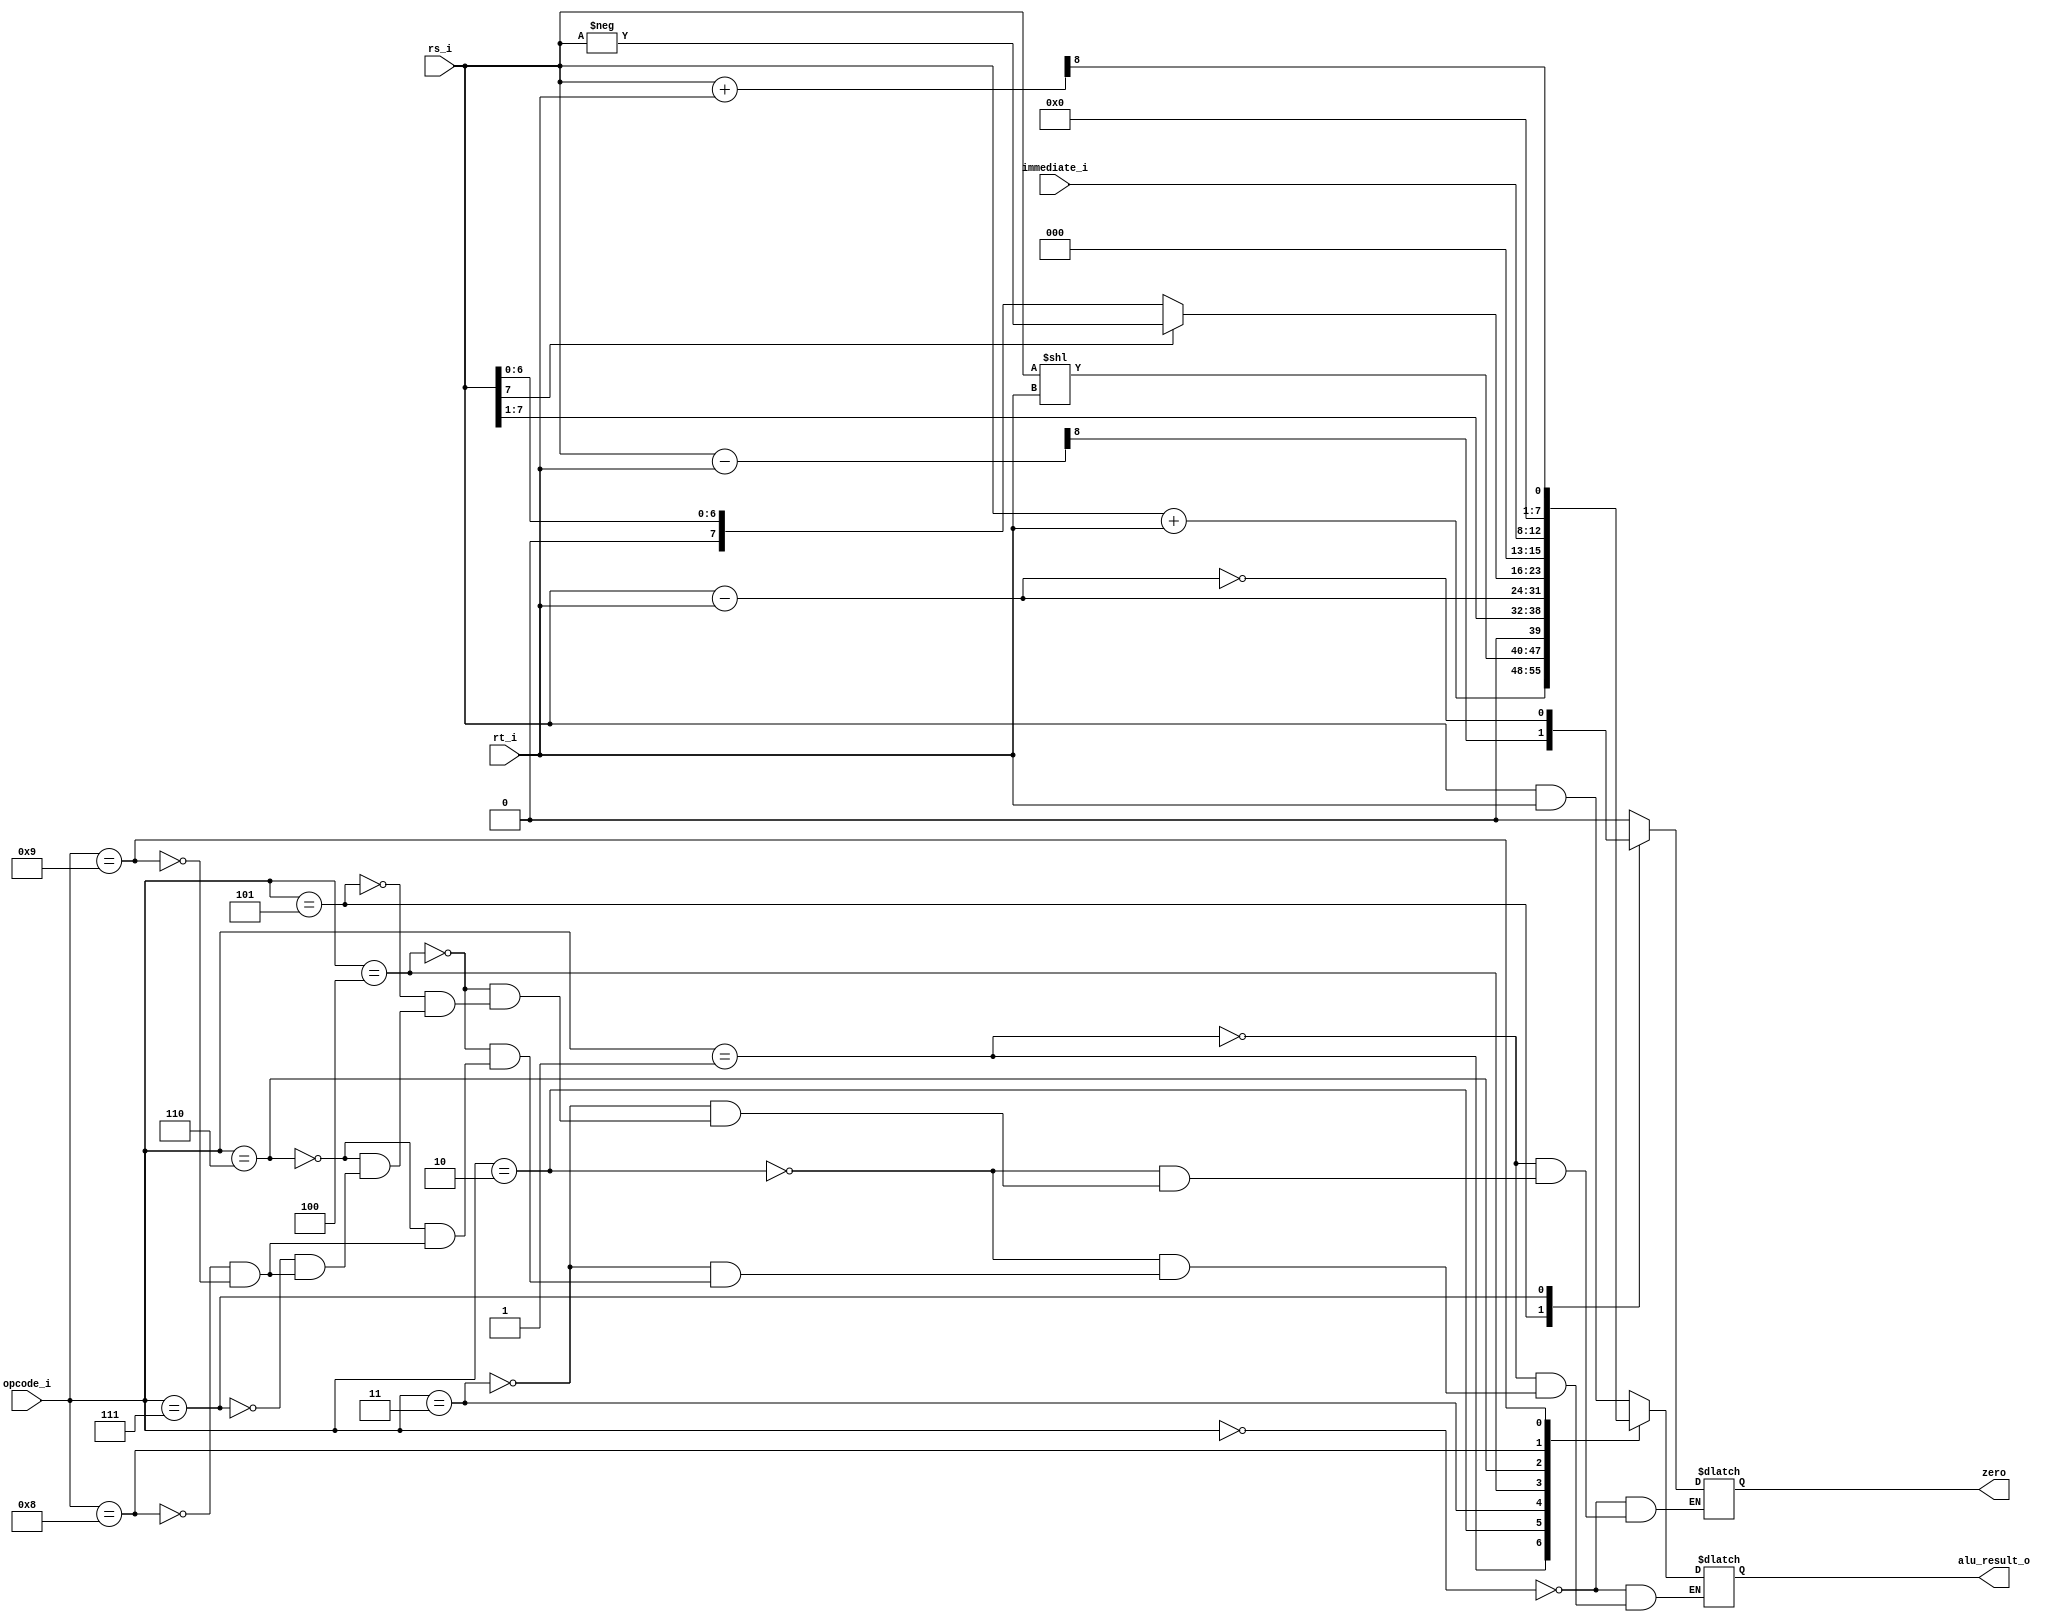
module alu(	input[3:0] opcode_i,
				input[7:0] rt_i,
				input[7:0] rs_i,
				input[4:0] immediate_i,
				output reg[7:0] alu_result_o,
				output reg zero);
					
		reg[8:0] subresult;
		reg[8:0] rs_extended;
		reg[8:0] rt_extended;
		
		always@(*)begin
		
			case(opcode_i)
			
				4'b0000: begin	//and operation. regd = regs & $r7
					alu_result_o[7:0] = rs_i[7:0] & rt_i[7:0];
					zero = 0;
				end
				4'b0001: begin	//add operation. regd = regs + $r7
					alu_result_o[7:0] = rs_i[7:0] + rt_i[7:0];
					zero = 0;
				end
				4'b0010: begin	//sll operation. $Rreg << $r7
					alu_result_o[7:0] = rs_i[7:0] << rt_i[7:0];
					zero = 0;

				end
				4'b0011: begin	//srl operation. $Rreg >> 1
					alu_result_o[7:0] = rs_i[7:0] >> 1;
					zero = 0;
				end
				4'b0100: begin	//sub (signed) operation. $Rreg = $r2 - $r5
					alu_result_o[7:0] = rs_i[7:0] - rt_i[7:0];
					zero = 0;
				end
				4'b0101: begin	//slt operation. if ($r6(rs_i) < $r7(rt_i)),  CB = 1 else CB = 0
					rs_extended = {1'b0,rs_i};
					rt_extended = {1'b0,rt_i};
					subresult = (rs_i - rt_i);
					zero = subresult[8];
				end
				4'b0110: begin	//absolute operation. $Rreg = abs($Rreg)
					if (rs_i[7] == 1'b1) begin
						alu_result_o = -rs_i ;
						zero = 0;
					end
					else begin
						alu_result_o = rs_i ;
						zero = 0;
					end
				end
				4'b0111: begin	//seq operation. if ($Rreg == $r7), CB = 1 else CB = 0
					zero = !(rs_i - rt_i);
				end
				4'b1000: begin //set instruction
					rs_extended = {3'b000,immediate_i[4:0]};
					alu_result_o = rs_extended;
					zero = 0;
				end
				4'b1001: begin //addc instruction
					rs_extended = {1'b0,rs_i};
					rt_extended = {1'b0,rt_i};
					subresult = (rs_extended + rt_extended);
					alu_result_o[7:0] = {7'b0,subresult[8]};
					zero = 0;
				end
			endcase
		
		end		
				
				
endmodule